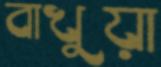
বাখুয়া